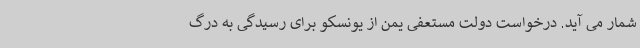
شمار می آید. درخواست دولت مستعفی یمن از یونسکو برای رسیدگی به درگ